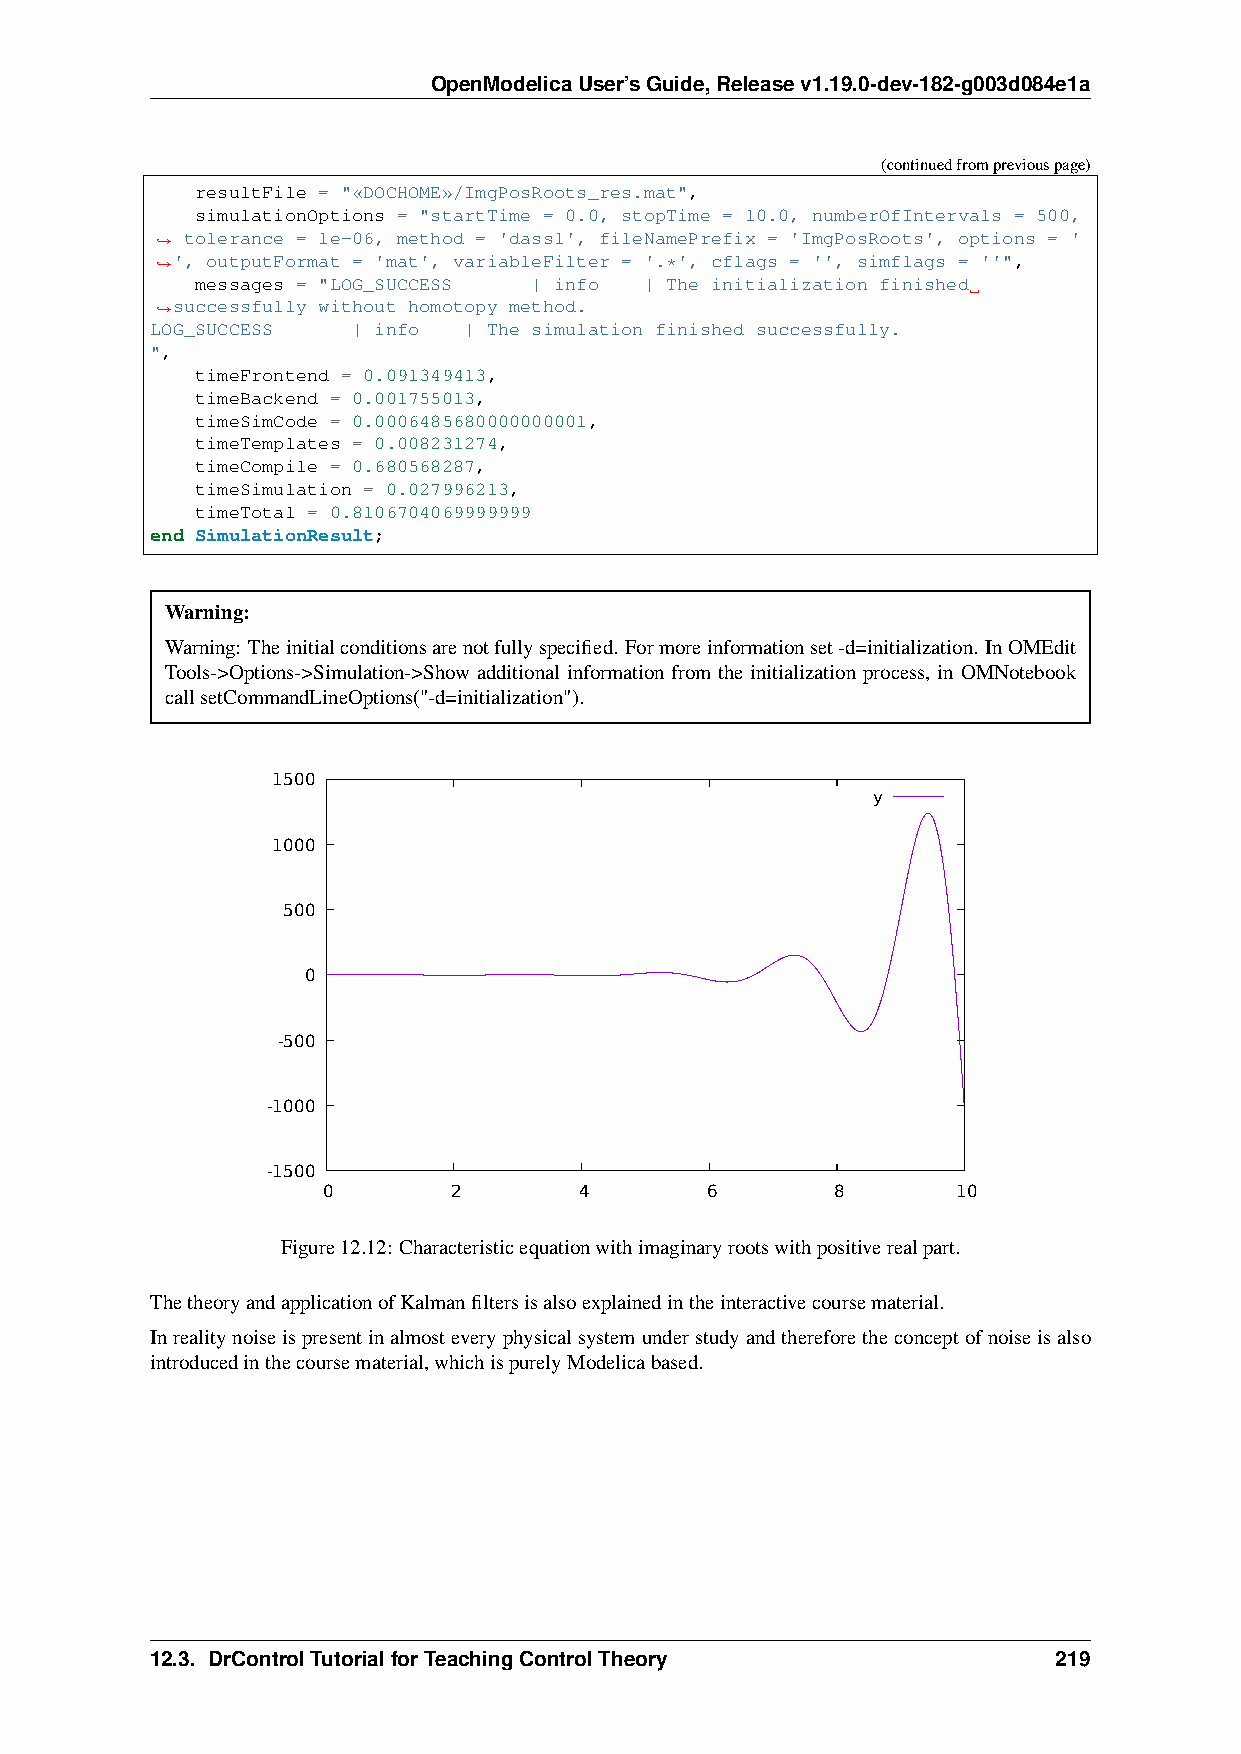
OpenModelicaUser’sGuide,Releasev1.19.0-dev-182-g003d084e1a
 (continuedfrompreviouspage)
 resultFile = "«DOCHOME»/ImgPosRoots_res.mat",
 simulationOptions = "startTime = 0.0, stopTime = 10.0, numberOfIntervals = 500,
 tolerance = 1e-06, method = 'dassl', fileNamePrefix = 'ImgPosRoots', options = '
 ˓→
 ˓→', outputFormat = 'mat', variableFilter = '.*', cflags = '', simflags = ''",
 messages = "LOG_SUCCESS | info | The initialization finished
 successfully without homotopy method.
 ˓→
 LOG_SUCCESS  | info  | The simulation finished successfully.
 ",
 timeFrontend = 0.091349413,
 timeBackend = 0.001755013,
 timeSimCode = 0.0006485680000000001,
 timeTemplates = 0.008231274,
 timeCompile = 0.680568287,
 timeSimulation = 0.027996213,
 timeTotal = 0.8106704069999999
 end SimulationResult;
 Warning:
 Warning: Theinitialconditionsarenotfullyspecified. Formoreinformationset-d=initialization. InOMEdit
 Tools->Options->Simulation->Show additional information from the initialization process, in OMNotebook
 callsetCommandLineOptions("-d=initialization").
 1500
 y
 1000
 500
 0
 -500
 -1000
 -1500
 0        2       4        6       8       10
 Figure12.12: Characteristicequationwithimaginaryrootswithpositiverealpart.
 ThetheoryandapplicationofKalmanfiltersisalsoexplainedintheinteractivecoursematerial.
 Inrealitynoiseispresentinalmosteveryphysicalsystemunderstudyandthereforetheconceptofnoiseisalso
 introducedinthecoursematerial,whichispurelyModelicabased.
 12.3. DrControlTutorialforTeachingControlTheory             219